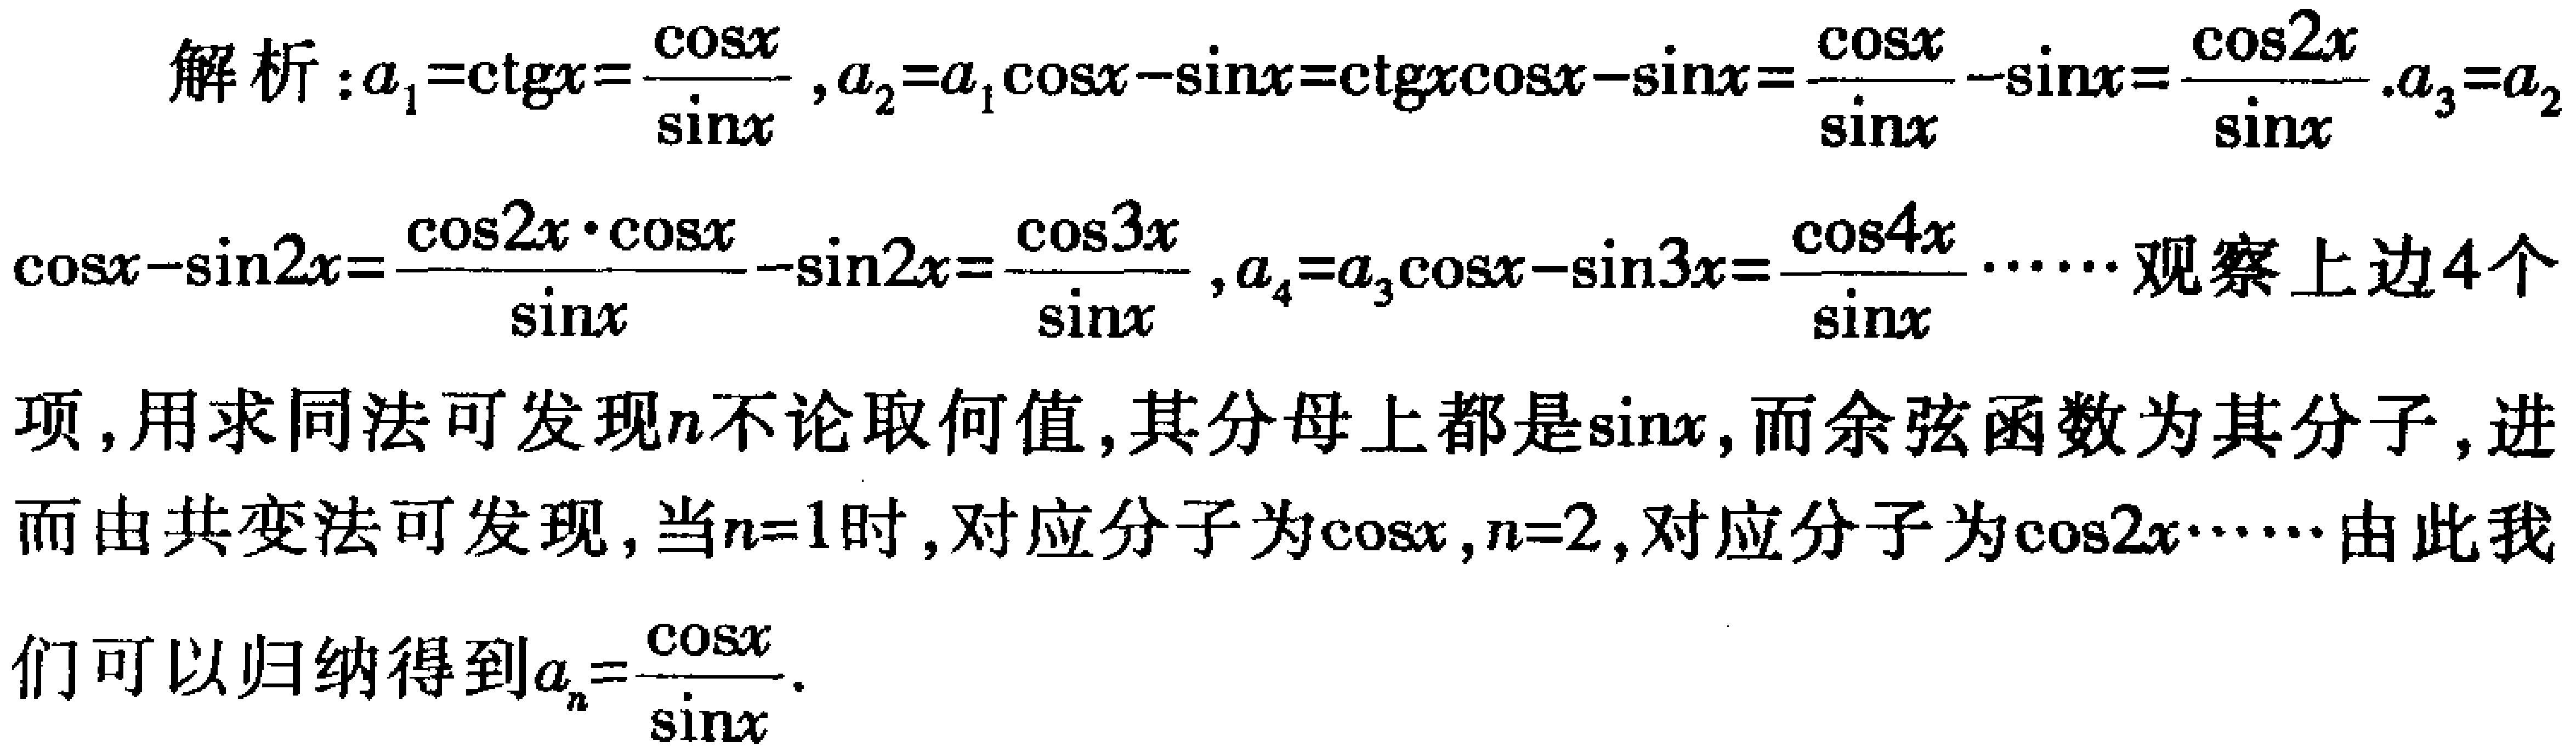
解析：\(a_{1}=\mathrm{ctg}x = \frac{\cos x}{\sin x}\)，\(a_{2}=a_{1}\cos x - \sin x=\mathrm{ctg}x\cos x - \sin x=\frac{\cos x}{\sin x}-\sin x=\frac{\cos 2x}{\sin x}\)。\(a_{3}=a_{2}\cos x - \sin 2x=\frac{\cos 2x\cdot\cos x}{\sin x}-\sin 2x=\frac{\cos 3x}{\sin x}\)，\(a_{4}=a_{3}\cos x - \sin 3x=\frac{\cos 4x}{\sin x}\cdots\cdots\)观察上边4个项，用求同法可发现\(n\)不论取何值，其分母上都是\(\sin x\)，而余弦函数为其分子，进而由共变法可发现，当\(n = 1\)时，对应分子为\(\cos x\)，\(n = 2\)，对应分子为\(\cos 2x\cdots\cdots\)由此我们可以归纳得到\(a_{n}=\frac{\cos nx}{\sin x}\)。